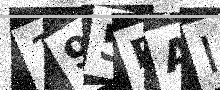
Text: 195PAI